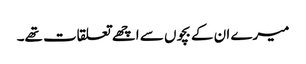
میرے ان کے بچوں سے اچھے تعلقات تھے۔